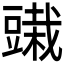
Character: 𰶞